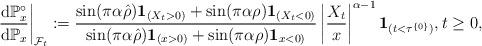
LaTeX: \begin{align*}\left.\frac{{\rm d}\mathbb{P}^\circ_x}{{\rm d}\mathbb{P}_x}\right|_{\mathcal{F}_t}: = \frac{\sin(\pi\alpha\hat\rho)\mathbf{1}_{(X_t>0)} + \sin(\pi\alpha\rho)\mathbf{1}_{(X_t<0)}}{\sin(\pi\alpha\hat\rho)\mathbf{1}_{(x>0)} + \sin(\pi\alpha\rho)\mathbf{1}_{x <0)}}\left|\frac{X_t}{x}\right|^{\alpha-1}\mathbf{1}_{(t<\tau^{\{0\}})},t\geq 0,\end{align*}